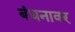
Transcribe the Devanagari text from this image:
बंधनावर